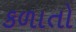
કળાતો